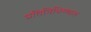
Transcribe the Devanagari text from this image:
प्रतिनिधिम्ण्डल